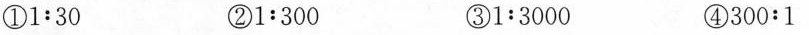
①1:30 ②1:300 ③1:3000 ④300:1